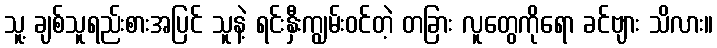
သူ့ ချစ်သူရည်းစားအပြင် သူနဲ့ ရင်းနှီးကျွမ်းဝင်တဲ့ တခြား လူတွေကိုရော ခင်ဗျား သိလား။